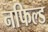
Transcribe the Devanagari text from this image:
नफिल्ड